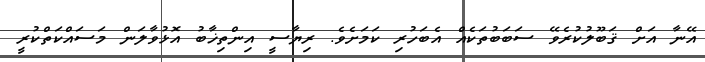
އޭނާ އަށް ޤަބޫލުކުރެވޭ ސަބަބުތަކެއް އެބަހުރި ކަމަށެވެ. ރިޔާސީ އިންތިޚާބު އޮޅުވާލަން މަސައްކަތްކުރީ